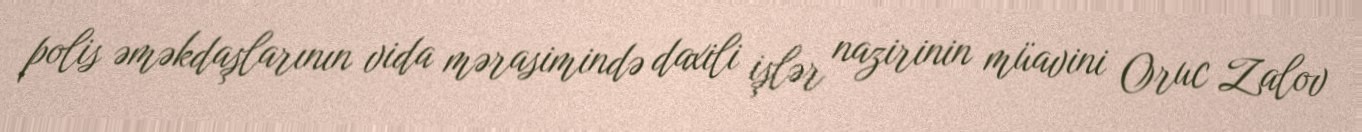
polis əməkdaşlarının vida mərasimində daxili işlər nazirinin müavini Oruc Zalov